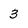
Character: 3